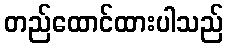
တည်ထောင်ထားပါသည်